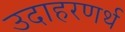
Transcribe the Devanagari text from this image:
उदाहरणर्थ